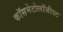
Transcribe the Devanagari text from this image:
कॉसमेटोलॉजीस्ट